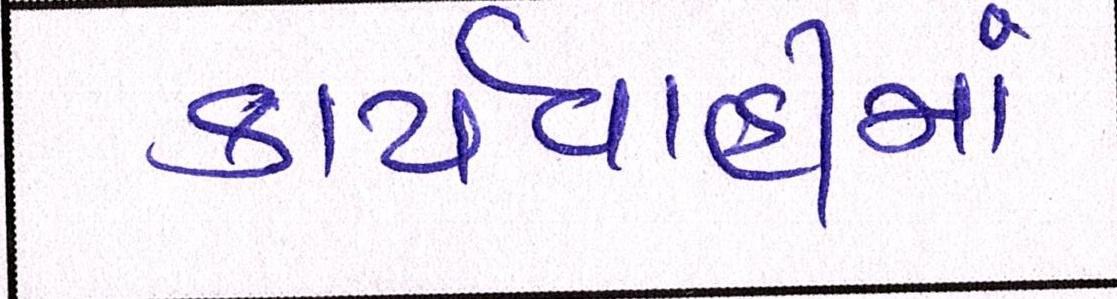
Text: કાર્યવાહીમાં